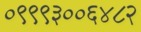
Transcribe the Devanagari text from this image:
०९९९३००६४८२